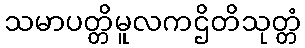
သမာပတ္တိမူလကဌိတိသုတ္တံ